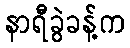
နာရီခွဲခန့်က